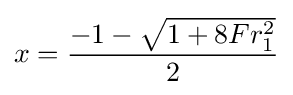
x={\frac {-1-{\sqrt {1+8Fr_{1}^{2}}}}{2}}